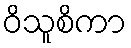
ဝိသူစိကာ